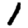
Digit: 1